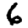
Digit: 6